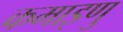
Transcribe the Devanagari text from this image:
कमाइणु